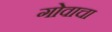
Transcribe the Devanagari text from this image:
गोवाचा